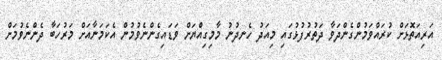
އަރިއަތޮޅަށް ކުރައްވަމުންގެންދަވާ ދަތުރުފުޅުގައި މިއަދު ހެނދުނު މާމިގިއްޔަށް ވަޑައިގެންނެވުމުން އެކަމަނާއަށް މަރުހަބާ ދެންނެވުމަށް